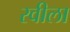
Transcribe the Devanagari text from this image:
रवीला